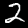
Label: 2